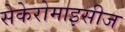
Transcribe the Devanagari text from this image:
सेकेरोमाइसीज